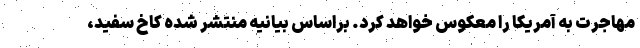
مهاجرت به آمریکا را معکوس خواهد کرد. براساس بیانیه منتشر شده کاخ سفید،